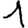
Digit: 1